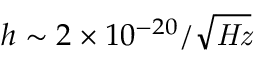
h \sim { 2 \times 1 0 ^ { - 2 0 } / { \sqrt { \mathit { H z } } } }